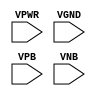
module sky130_fd_sc_ls__decap (
    VPWR,
    VGND,
    VPB ,
    VNB
);

    // Module ports
    input VPWR;
    input VGND;
    input VPB ;
    input VNB ;
     // No contents.
endmodule